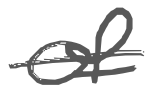
Text: of
Cross-out: single-line
Writing tool: digital_gray